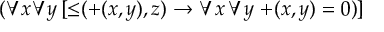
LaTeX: ( \forall x \forall y \, [ \mathop { \leq } ( \mathop { + } ( x , y ) , z ) \to \forall x \, \forall y \, \mathop { + } ( x , y ) = 0 ) ]